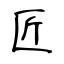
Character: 匠